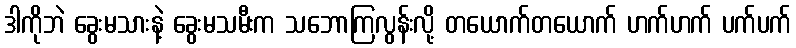
ဒါကိုဘဲ ခွေးမသားနဲ့ ခွေးမသမီးက သဘောကြလွန်းလို့ တယောက်တယောက် ဟက်ဟက် ပက်ပက်